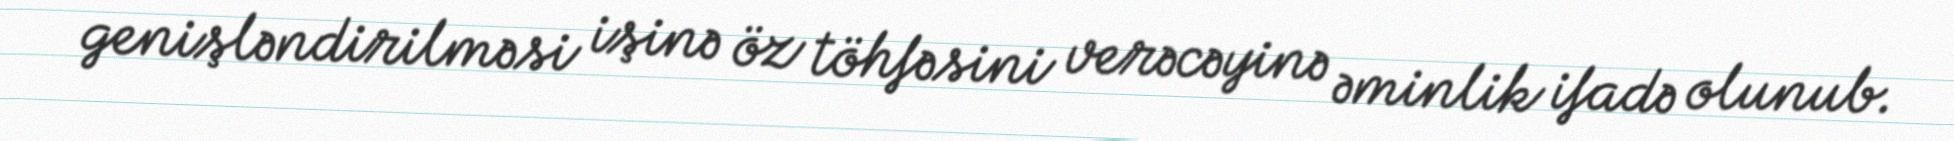
genişləndirilməsi işinə öz töhfəsini verəcəyinə əminlik ifadə olunub.